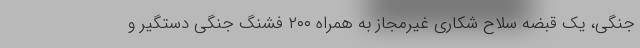
جنگی، یک قبضه سلاح شکاری غیرمجاز به همراه ۲۰۰ فشنگ جنگی دستگیر و